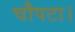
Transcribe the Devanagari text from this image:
चौपटा।